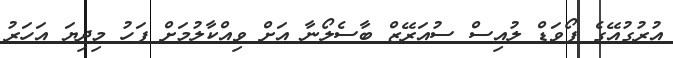
އުރުގުއޭގެ ފޯވަޑް ލުއިސް ސުއަރޭޒް ބާސެލޯނާ އަށް ވިއްކާލުމަށް ފަހު މިދިޔަ އަހަރު